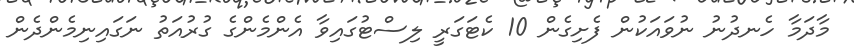
މާދަމާ ހެނދުނު ނުވައަކުން ފެށިގެން 10 ކެޓަގަރީ ލިސްޓުގައިވާ އެންމެންގެ ގުރުއަތު ނަގައިނިމެންދެން